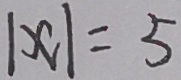
\vert x \vert = 5